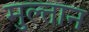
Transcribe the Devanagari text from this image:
मुल्‍तान